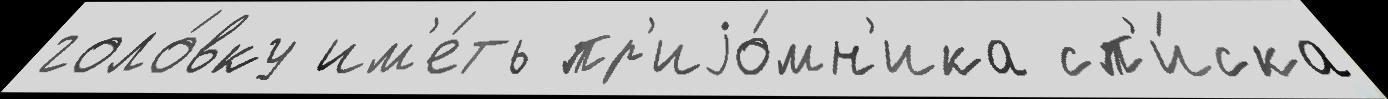
голо́вку им'е́ть пр'иjо́мн'ика сп'и́ска